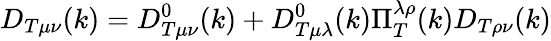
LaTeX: D_{T\mu\nu}(k)=D_{T\mu\nu}^{0}(k)+D_{T\mu\lambda}^{0}(k)\Pi_{T}^{\lambda\rho}(k)D_{T\rho\nu}(k)